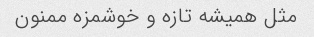
مثل همیشه تازه و خوشمزه ممنون